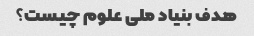
هدف بنیاد ملی علوم چیست؟